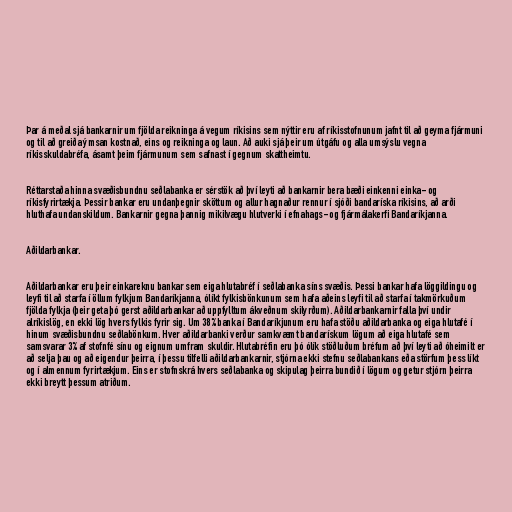
Þar á meðal sjá bankarnir um fjölda reikninga á vegum ríkisins sem nýttir eru af ríkisstofnunum jafnt til að geyma fjármuni
og til að greiða ýmsan kostnað, eins og reikninga og laun. Að auki sjá þeir um útgáfu og alla umsýslu vegna
ríkisskuldabréfa, ásamt þeim fjármunum sem safnast í gegnum skattheimtu.

Réttarstaða hinna svæðisbundnu seðlabanka er sérstök að því leyti að bankarnir bera bæði einkenni einka- og
ríkisfyrirtækja. Þessir bankar eru undanþegnir sköttum og allur hagnaður rennur í sjóði bandaríska ríkisins, að arði
hluthafa undanskildum. Bankarnir gegna þannig mikilvægu hlutverki í efnahags- og fjármálakerfi Bandaríkjanna.

Aðildarbankar.

Aðildarbankar eru þeir einkareknu bankar sem eiga hlutabréf í seðlabanka síns svæðis. Þessi bankar hafa löggildingu og
leyfi til að starfa í öllum fylkjum Bandaríkjanna, ólíkt fylkisbönkunum sem hafa aðeins leyfi til að starfa í takmörkuðum
fjölda fylkja (þeir geta þó gerst aðildarbankar að uppfylltum ákveðnum skilyrðum). Aðildarbankarnir falla því undir
alríkislög, en ekki lög hvers fylkis fyrir sig. Um 38% banka í Bandaríkjunum eru hafa stöðu aðildarbanka og eiga hlutafé í
hinum svæðisbundnu seðlabönkum. Hver aðildarbanki verður samkvæmt bandarískum lögum að eiga hlutafé sem
samsvarar 3% af stofnfé sínu og eignum umfram skuldir. Hlutabréfin eru þó ólík stöðluðum bréfum að því leyti að óheimilt er
að selja þau og að eigendur þeirra, í þessu tilfelli aðildarbankarnir, stjórna ekki stefnu seðlabankans eða störfum þess líkt
og í almennum fyrirtækjum. Eins er stofnskrá hvers seðlabanka og skipulag þeirra bundið í lögum og getur stjórn þeirra
ekki breytt þessum atriðum.